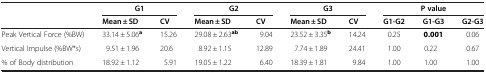
<table><thead><tr><td rowspan="2"><b> </b></td><td colspan="2"><b>G1</b></td><td colspan="2"><b>G2</b></td><td colspan="2"><b>G3</b></td><td colspan="3"><b>P value</b></td></tr><tr><td><b>Mean ± SD</b></td><td><b>CV</b></td><td><b>Mean ± SD</b></td><td><b>CV</b></td><td><b>Mean ± SD</b></td><td><b>CV</b></td><td><b>G1-G2</b></td><td><b>G1-G3</b></td><td><b>G2-G3</b></td></tr></thead><tbody><tr><td>Peak Vertical Force (%BW)</td><td>33.14 ± 5.06<sup><b>a</b></sup></td><td>15.26</td><td>29.08 ± 2.63<sup><b>ab</b></sup></td><td>9.04</td><td>23.52 ± 3.35<sup><b>b</b></sup></td><td>14.24</td><td>0.25</td><td><b>0.001</b></td><td>0.06</td></tr><tr><td>Vertical Impulse (%BW*s)</td><td>9.51 ± 1.96</td><td>20.6</td><td>8.92 ± 1.15</td><td>12.89</td><td>7.74 ± 1.89</td><td>24.41</td><td>1.00</td><td>0.22</td><td>0.67</td></tr><tr><td>% of Body distribution</td><td>18.92 ± 1.12</td><td>5.91</td><td>19.05 ± 1.22</td><td>6.40</td><td>18.39 ± 1.81</td><td>9.84</td><td>1.00</td><td>1.00</td><td>1.00</td></tr></tbody></table>